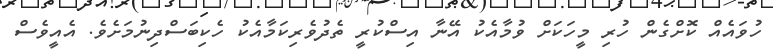
ހުވައެއް ކޮށްގެން ހުރި މީހަކަށް ވުމާއެކު އޭނާ އިސްކުރީ ތެދުވެރިކަމާއެކު ހެކިބަސްދިނުމަށެވެ. އެއީވެސް